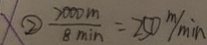
\textcircled { 2 } \frac { 7 0 0 0 m } { 8 \min } = 2 5 0 m / \min